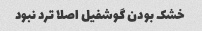
خشک بودن گوشفیل اصلا ترد نبود